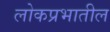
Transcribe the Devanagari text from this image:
लोकप्रभातील